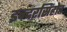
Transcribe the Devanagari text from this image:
इन्दरसिंहोत